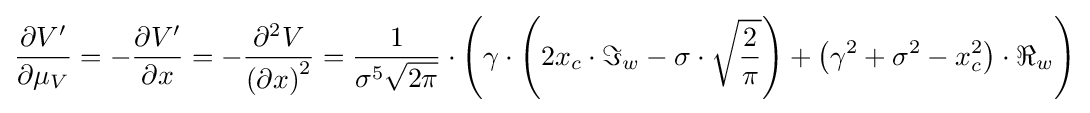
{\begin{aligned}{\frac {\partial V'}{\partial \mu _{V}}}=-{\frac {\partial V'}{\partial x}}=-{\frac {\partial ^{2}V}{\left(\partial x\right)^{2}}}={\frac {1}{\sigma ^{5}{\sqrt {2\pi }}}}\cdot \left(\gamma \cdot \left(2x_{c}\cdot \Im _{w}-\sigma \cdot {\sqrt {\frac {2}{\pi }}}\right)+\left(\gamma ^{2}+\sigma ^{2}-x_{c}^{2}\right)\cdot \Re _{w}\right)\end{aligned}}